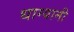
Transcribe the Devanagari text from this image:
धाग्यानी